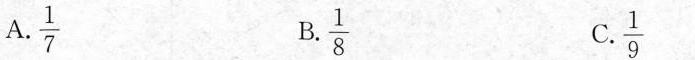
A. \frac{1}{7} B. \frac{1}{8} C. \frac{1}{9}